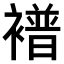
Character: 𫌑